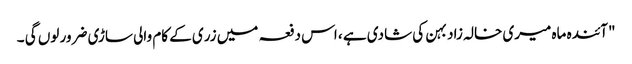
"آئندہ ماہ میری خالہ زاد بہن کی شادی ہے ، اس دفعہ میں زری کے کام والی ساڑی ضرور لوں گی ۔